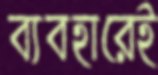
ব্যবহারেই